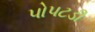
પોપટડી